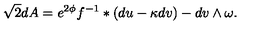
\sqrt { 2 } d A = e ^ { 2 \phi } f ^ { - 1 } \ast ( d u - \kappa d v ) - d v \wedge \omega .